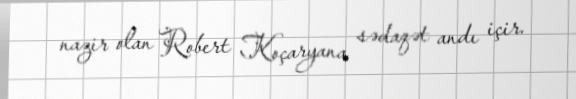
nazir olan Robert Koçaryana sədaqət andı içir.